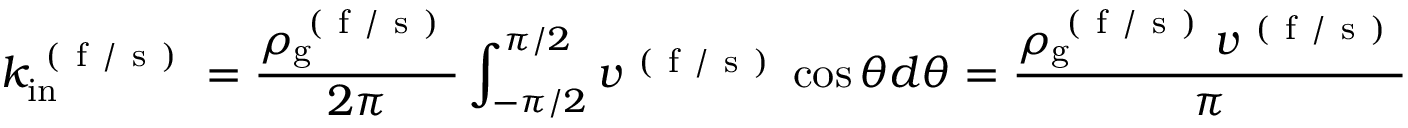
k _ { \mathrm { i n } } ^ { \mathrm { ~ ( ~ f ~ / ~ s ~ ) ~ } } = \frac { \rho _ { \mathrm { g } } ^ { \mathrm { ~ ( ~ f ~ / ~ s ~ ) ~ } } } { 2 \pi } \int _ { - \pi / 2 } ^ { \pi / 2 } v ^ { \mathrm { ~ ( ~ f ~ / ~ s ~ ) ~ } } \cos \theta d \theta = \frac { \rho _ { \mathrm { g } } ^ { \mathrm { ~ ( ~ f ~ / ~ s ~ ) ~ } } v ^ { \mathrm { ~ ( ~ f ~ / ~ s ~ ) ~ } } } { \pi }